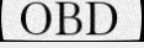
OBD